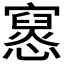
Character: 𫴔